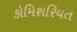
કોમિશરિયત